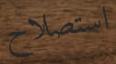
استصلاح